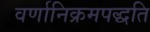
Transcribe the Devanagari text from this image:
वर्णानिक्रमपद्धति